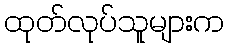
ထုတ်လုပ်သူများက